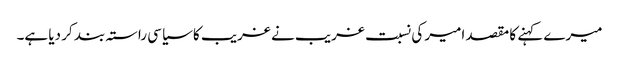
میرے کہنے کا مقصد امیر کی نسبت غریب نے غریب کا سیاسی راستہ بند کر دیا ہے۔